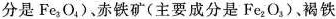
分是Fe_{3}O_{4})、赤铁矿(主要成分是Fe_{2}O_{3})、褐铁